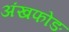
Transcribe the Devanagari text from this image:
अंखफोङ